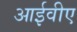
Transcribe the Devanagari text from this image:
आईवीए